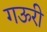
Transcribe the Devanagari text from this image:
गऊरी